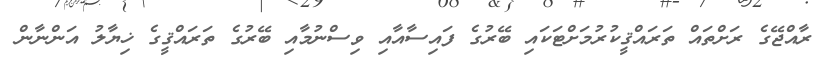
ރާއްޖޭގެ ރަށްތައް ތަރައްޤީކުރުމަށްޓަކައި ބޭރުގެ ފައިސާއާއި ވިސްނުމާއި ބޭރުގެ ތަރައްޤީގެ ޚިޔާލު އަންނާން